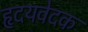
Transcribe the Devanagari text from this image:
हृदयवेदक